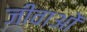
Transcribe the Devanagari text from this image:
जीवाओं